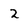
Character: 2